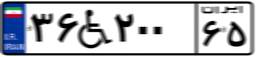
۳۶W۲۰۰۶۵